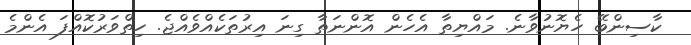
ކާސިންބޭ ހެޔޮނުވާނެ. މައްޔިތާ އެހެން އޮންނަތާ ގިނަ އިރުތަކެއްވެއްޖެ. ހިތްވަރުކޮއްފަ އެންމެ